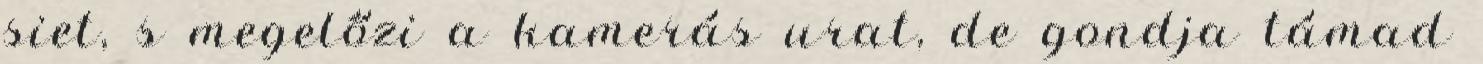
siet, s megelőzi a kamerás urat, de gondja támad